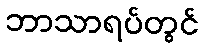
ဘာသာရပ်တွင်